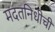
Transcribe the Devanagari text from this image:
मदतनिधीची